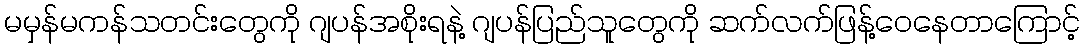
မမှန်မကန်သတင်းတွေကို ဂျပန်အစိုးရနဲ့ ဂျပန်ပြည်သူတွေကို ဆက်လက်ဖြန့်ဝေနေတာကြောင့်